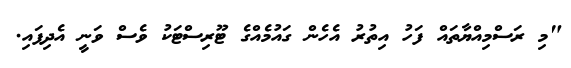
"މި ރަސްމިއްޔާތައް ފަހު އިތުރު އެހެން ގައުމެއްގެ ޓޫރިސްޓަކު ވެސް ވަނީ އެދިފައި.